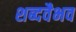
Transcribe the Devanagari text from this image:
शब्दवैभव